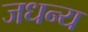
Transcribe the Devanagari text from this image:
जधन्य